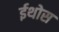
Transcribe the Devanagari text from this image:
ईथोस